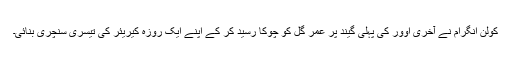
کولن انگرام نے آخری اوور کی پہلی گیند پر عمر گل کو چوکا رسید کر کے اپنے ایک روزہ کیریئر کی تیسری سنچری بنائی۔